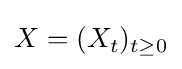
X=(X_{t})_{t\geq 0}